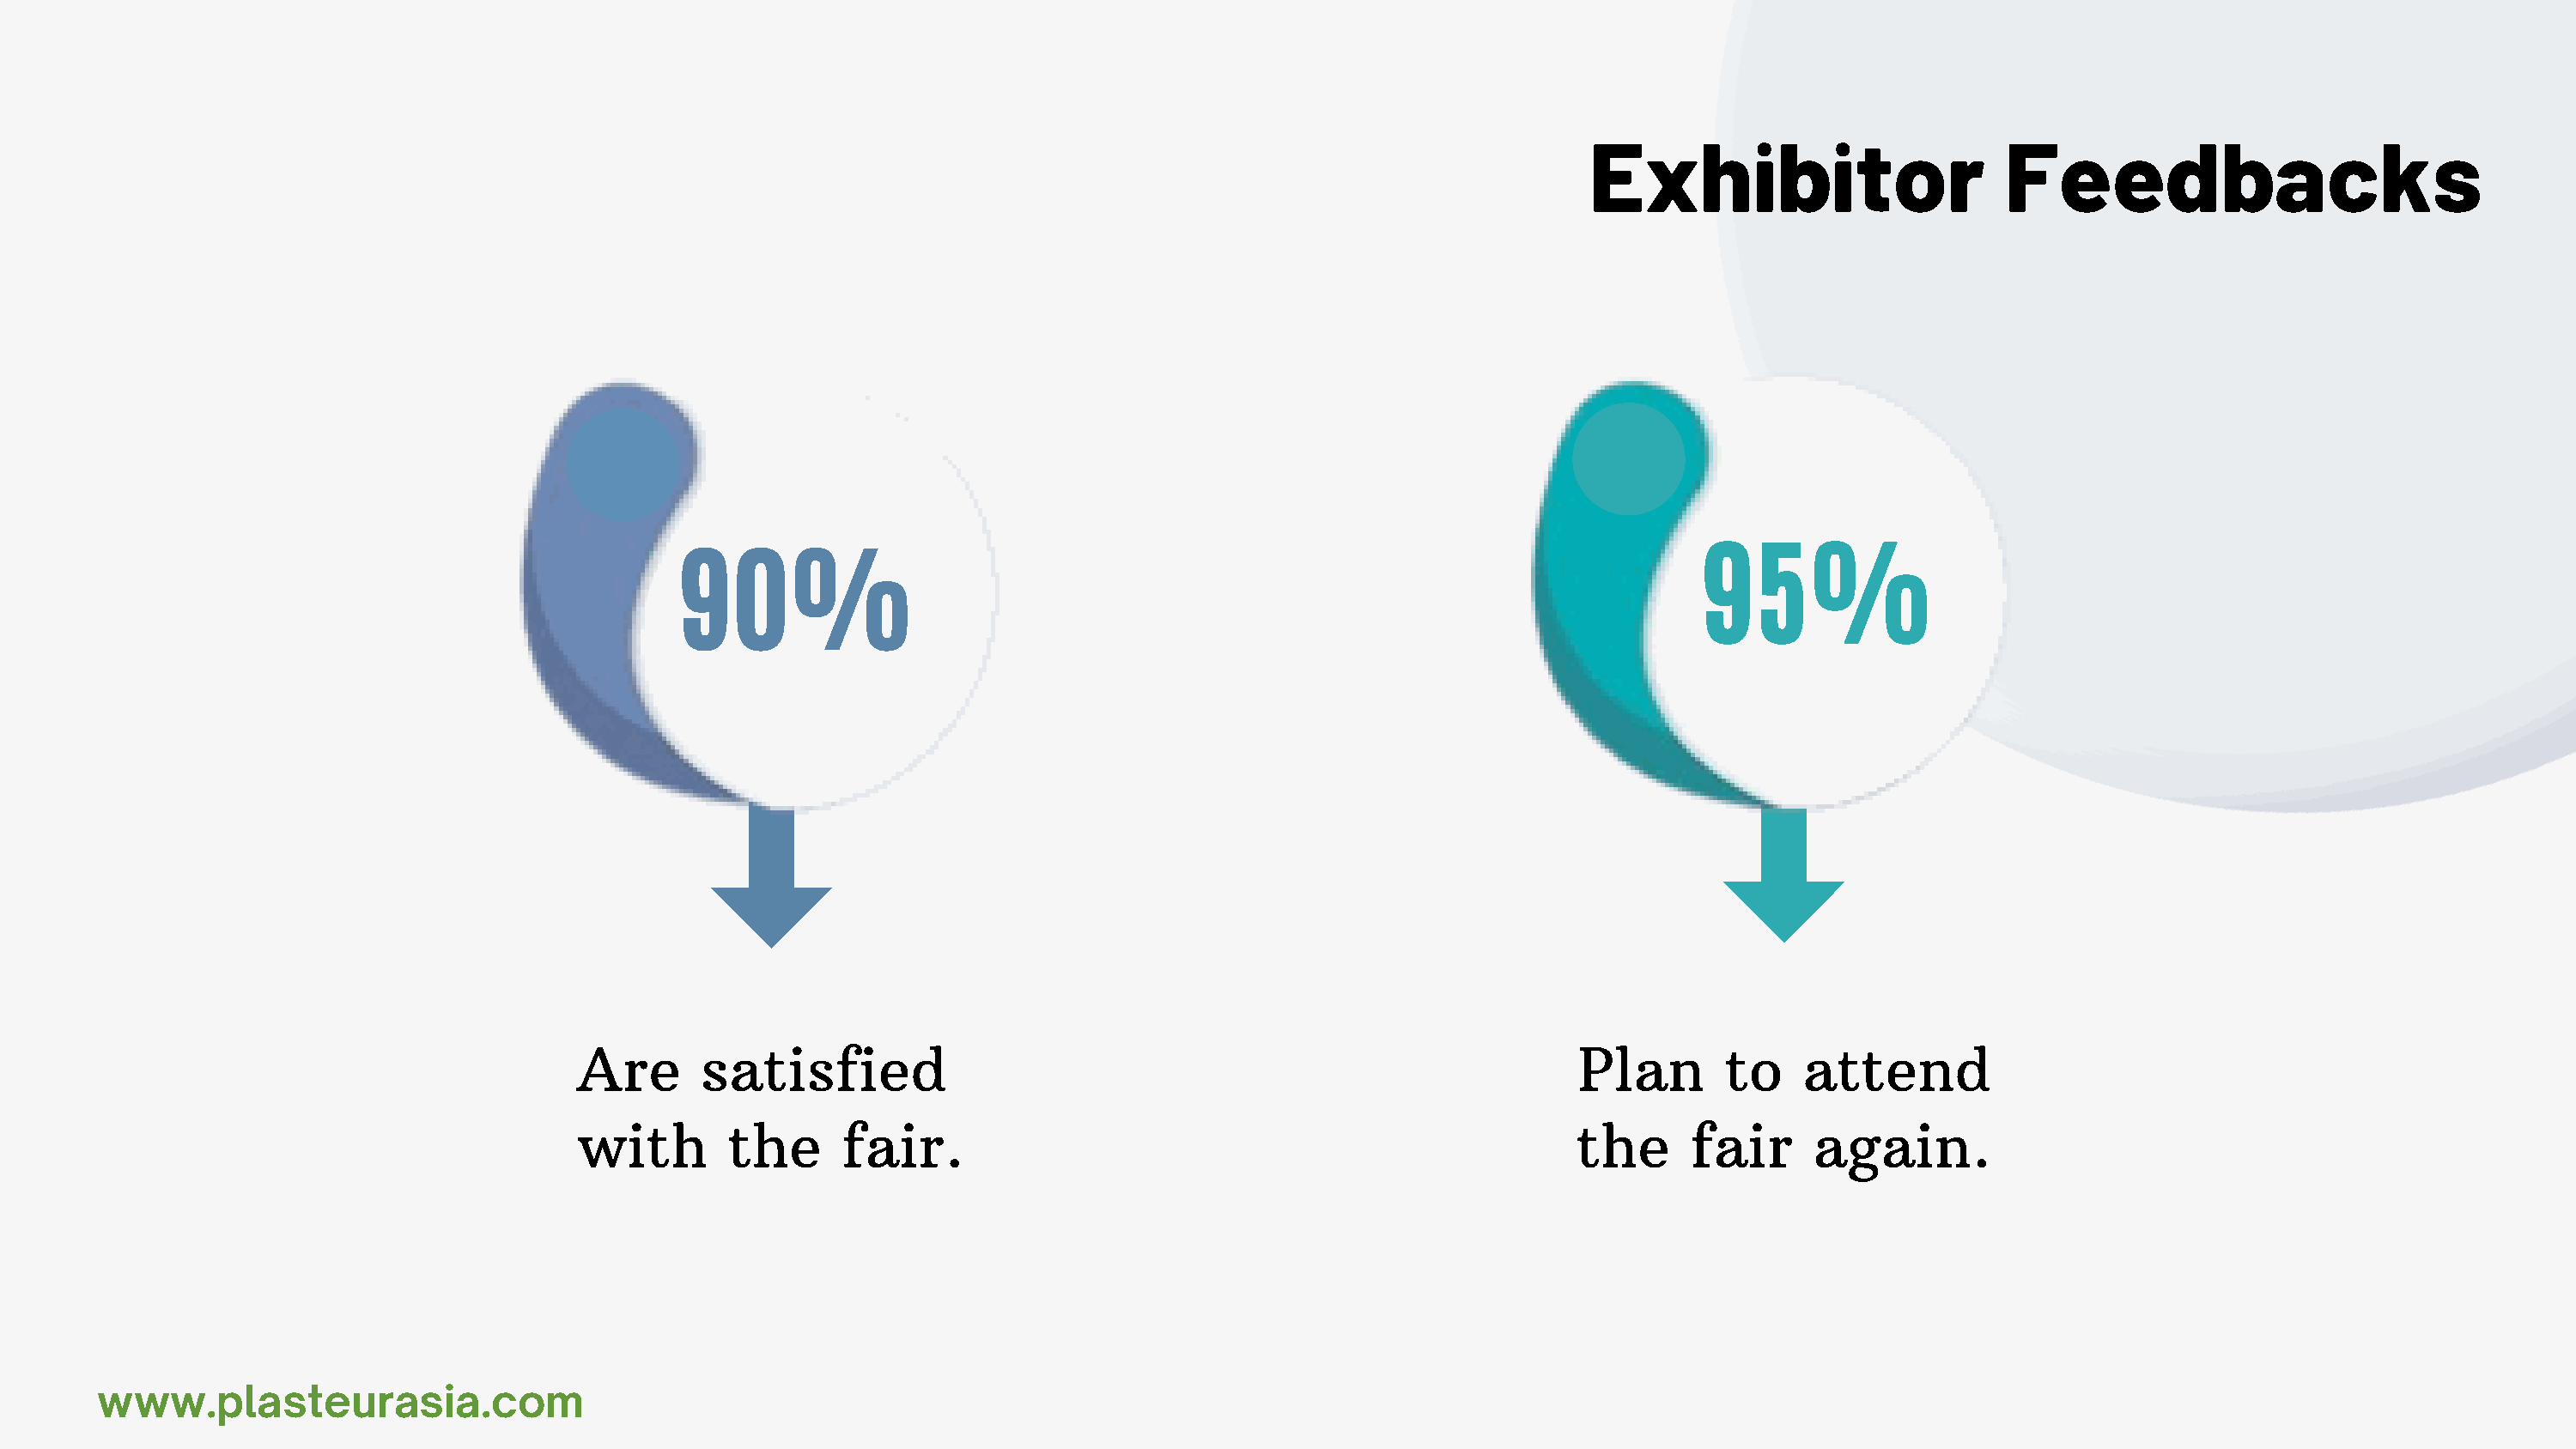
Exhbtor                       Feedbacks
 95%
 90%
 Are       satisfied                                                           Plan       to    attend
 with       the      fair.                                                    the     fair      again.
 www.plasteurasa.com